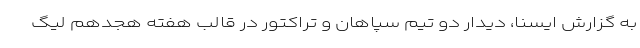
به گزارش ایسنا، دیدار دو تیم سپاهان و تراکتور در قالب هفته هجدهم لیگ